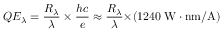
Q E _ { \lambda } = { \frac { R _ { \lambda } } { \lambda } } \times { \frac { h c } { e } } \approx { \frac { R _ { \lambda } } { \lambda } } { \times } ( 1 2 4 0 \; \mathrm { { W } } \cdot \mathrm { { n m / A } } )